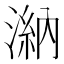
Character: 𣻀